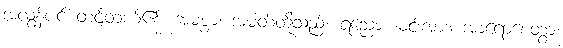
အလွန်ပင် တင့်တယ်၏။ အမစ္စာ၊ အမတ်တို့သည်။ ရညော၊ မင်းအား။ အာရောစေတွာ၊